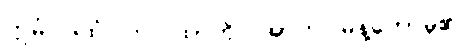
ဣမံ ဂါထံ၊ ဤဂါထာကို။ အာဟ၊ မိန့်တော်မူ၏။